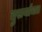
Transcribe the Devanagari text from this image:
दुसर्याचत